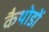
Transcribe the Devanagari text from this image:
कैथोडों